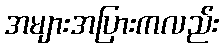
အများအပြားကလည်း